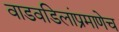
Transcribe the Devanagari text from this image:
वाडवडिलांप्रमाणेच